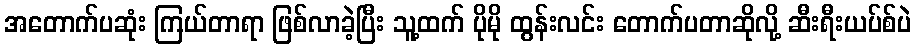
အတောက်ပဆုံး ကြယ်တာရာ ဖြစ်လာခဲ့ပြီး သူ့ထက် ပိုမို ထွန်းလင်း တောက်ပတာဆိုလို့ ဆီးရီးယပ်စ်ပဲ